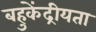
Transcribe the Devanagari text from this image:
बहुकेंद्रीयता